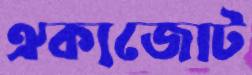
ঐক্যজোট